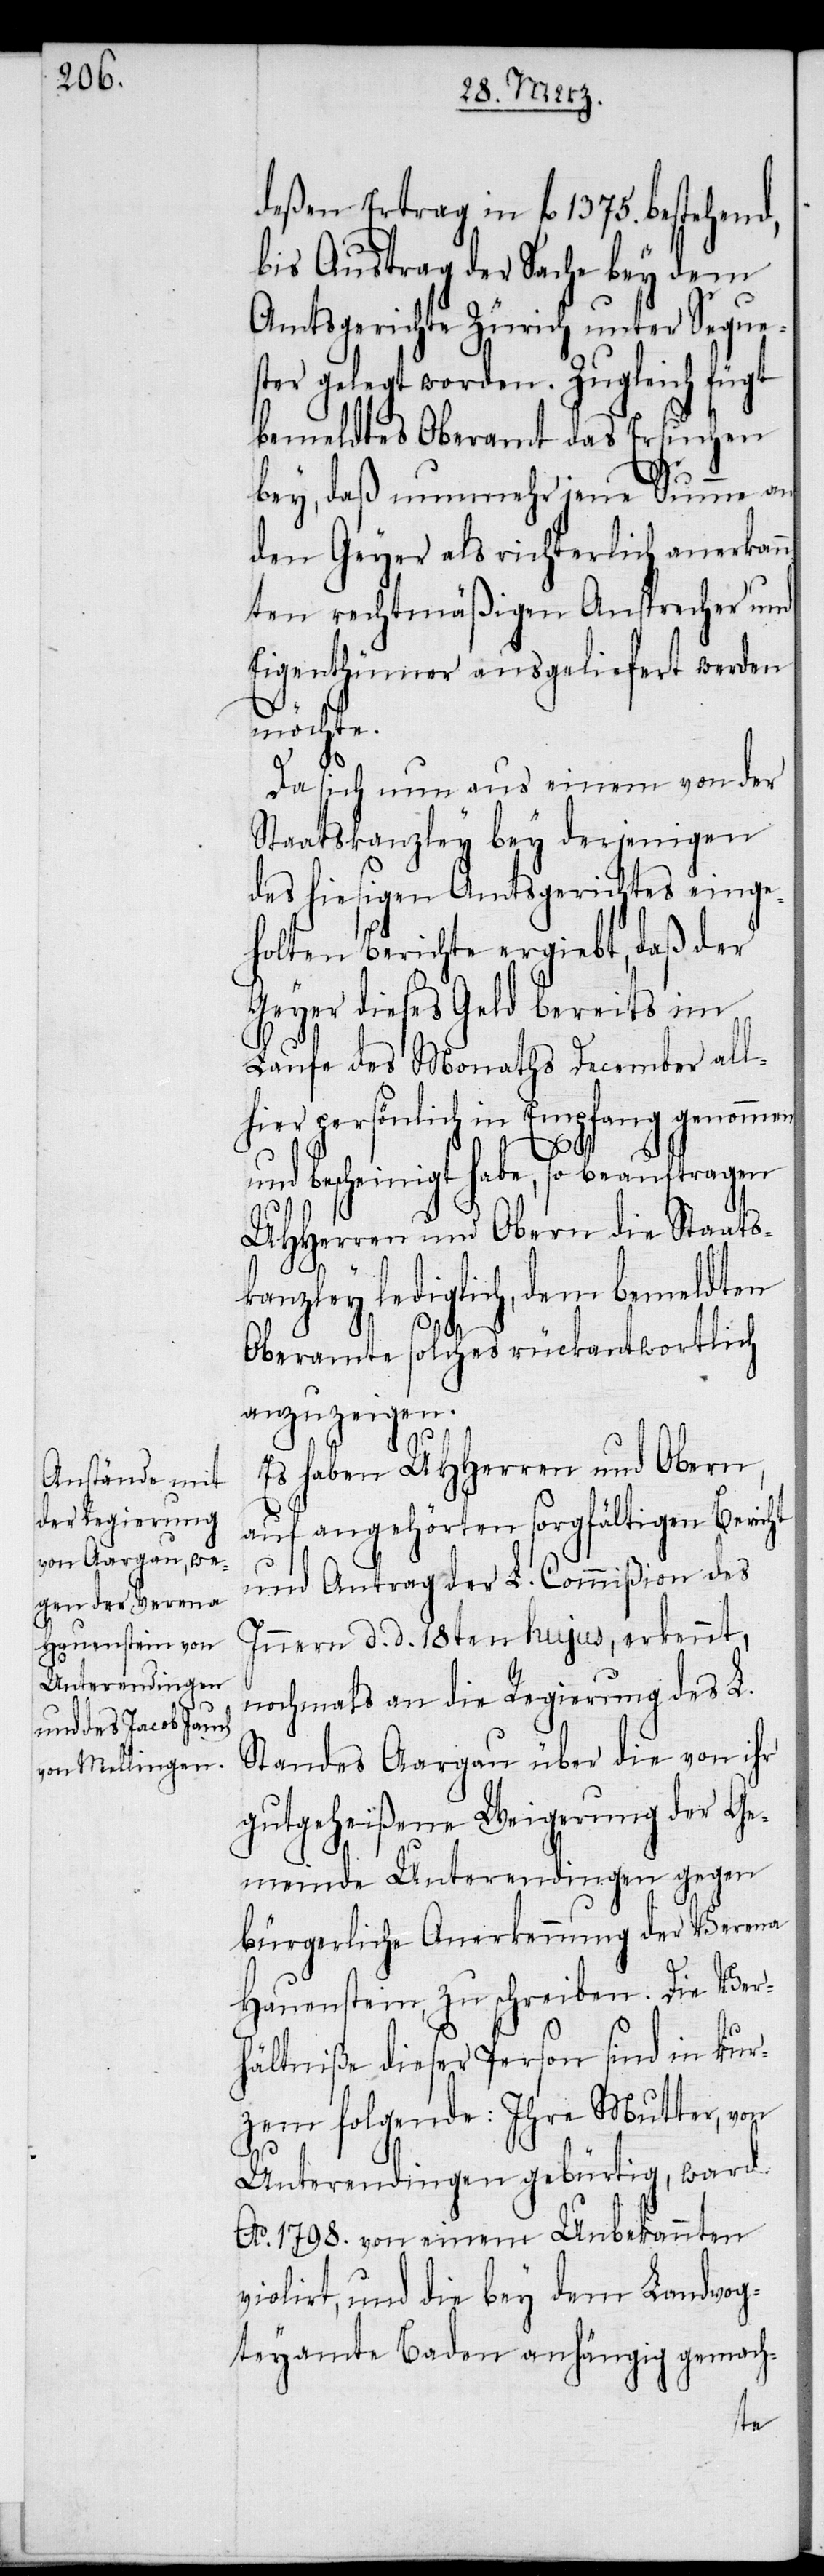
deßen Ertrag in fl 1375. bestehend,
bis Austrag der Sache bey dem
Amtsgerichte Zürich unter Seques¬
ter gelegt worden. Zugleich fügt
bemeldtes Oberamt das Ersuchen
bey, daß nunmehr jene Summe an
den Geyer als richterlich anerkan¬
nten rechtmäßigen Ansprecher und
Eigenthümer ausgeliefert werden
möchte.
Da sich nun aus einem von der
Staatskanzley bey derjenigen
des hiesigen Amtsgerichtes einge¬
holten Berichte ergiebt, daß der
Geyer dieses Geld bereits im
Laufe des Monaths December all¬
hier persönlich in Empfang genommen
und bescheinigt habe, so beauftragen
UHHerren und Obern die Staats¬
kanzley lediglich, dem bemeldten
Oberamte solches rückantwortlich
anzuzeigen.
Es haben UHHerren und Obern,
auf angehörten sorgfältigen Bericht
und Antrag der L. Commißion des
Innern d. d. 18ten hujus, erkennt,
nochmals an die Regierung des L.
Standes Aargau über die von ihr
gutgeheißene Weigerung der Ge¬
meinde Unterendingen gegen
bürgerliche Anerkennung der Verena
Hauenstein, zu schreiben. Die Ver¬
hältniße dieser Person sind in kur¬
zem folgende: Ihre Mutter, von
Unterendingen gebürtig, ward
Ao. 1798. von einem Unbekannten
violirt, und die bey dem Landvog¬
teyamte Baden anhängig gemach-